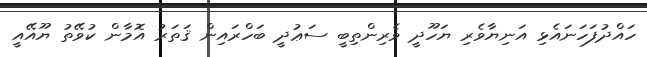
ހައްދުފަހަނައެޅި އަނިޔާވެރި ޔަހޫދީ ވެރިންތިބީ ސަޢުދީ ބަހްރައިން ޤަތަރު އޮމާން ކުވޭތު ޔޫއޭއީ